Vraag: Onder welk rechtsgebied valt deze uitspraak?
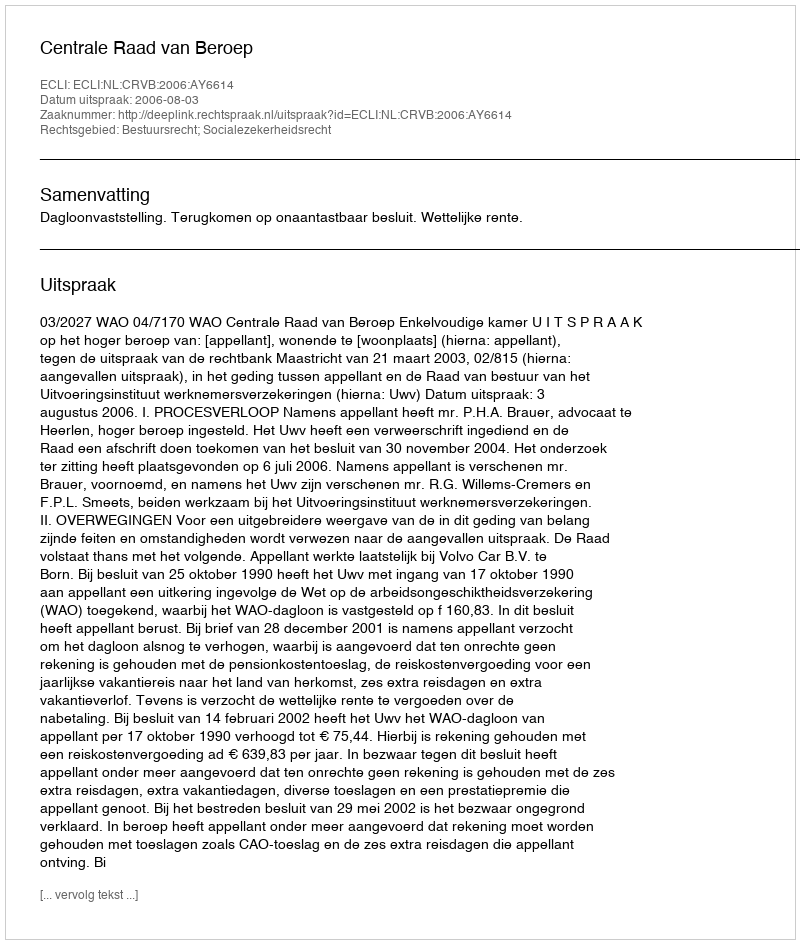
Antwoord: Bestuursrecht; Socialezekerheidsrecht